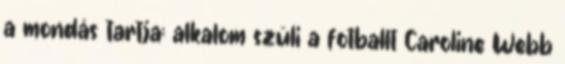
a mondás tartja: alkalom szüli a fotballt Caroline Webb